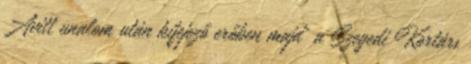
Avitt unalom után kifejező erőben majd' a Szegedi Kortárs